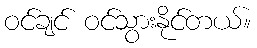
ဝင်ချင် ဝင်သွားနိုင်တယ်။